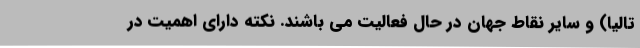
تالیا) و سایر نقاط جهان در حال فعالیت می باشند. نکته دارای اهمیت در